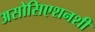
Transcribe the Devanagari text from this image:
असोसिएशनशी